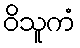
ဝိသူကံ